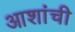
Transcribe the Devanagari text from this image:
आशांची